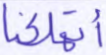
أتهلكنا